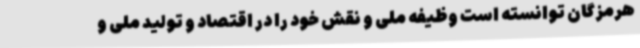
هرمزگان توانسته است وظیفه ملی و نقش خود را در اقتصاد و تولید ملی و